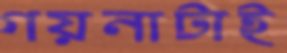
গয়নাটাই